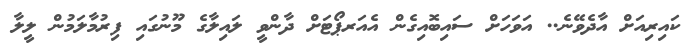
ކައިރިއަށް އާދެވޭނެ.. އަވަހަށް ސައިބޮއިގެން އެއަރޕޯޓަށް ދާންވީ ލައިލާގެ މޫނުގައި ފިރުމާލަމުން ލީލާ